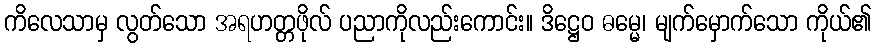
ကိလေသာမှ လွတ်သော အရဟတ္တဖိုလ် ပညာကိုလည်းကောင်း။ ဒိဋ္ဌေဝ ဓမ္မေ၊ မျက်မှောက်သော ကိုယ်၏